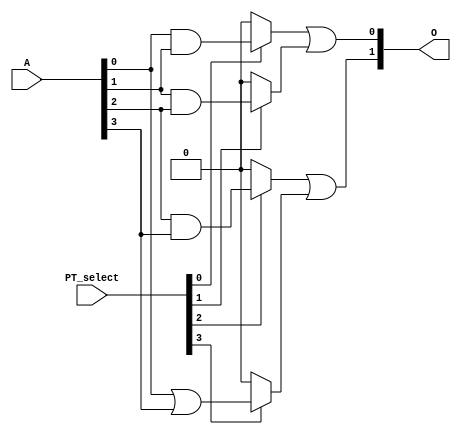
module PLA (
    input wire [N-1:0] A,         // Input signals A1, A2, ..., An
    input wire [M-1:0] PT_select,  // Selects which product terms are active
    output wire [K-1:0] O         // Output signals O1, O2, ..., Ok
);

// Parameter Definitions
parameter N = 4;                // Number of inputs
parameter M = 4;                // Number of product terms
parameter K = 2;                // Number of outputs

// Internal signals for product terms
wire [M-1:0] PT;                // Product Terms

// AND Plane: Generate product terms based on programmable connections
// The following example assumes a simple programmable connection for illustration
assign PT[0] = A[0] & A[1];     // Example Product Term 1 (PT1)
assign PT[1] = A[1] & A[2];     // Example Product Term 2 (PT2)
assign PT[2] = A[2] & A[3];     // Example Product Term 3 (PT3)
assign PT[3] = A[0] | A[3];     // Example Product Term 4 (PT4)

// OR Plane: Combine product terms based on programmable connections
assign O[0] = (PT_select[0] ? PT[0] : 1'b0) | 
              (PT_select[1] ? PT[1] : 1'b0); // Output O1
              
assign O[1] = (PT_select[2] ? PT[2] : 1'b0) | 
              (PT_select[3] ? PT[3] : 1'b0); // Output O2

endmodule